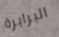
البرابرة